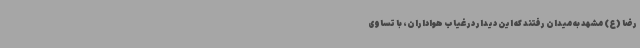
رضا (ع) مشهد به میدان رفتند که این دیدار در غیاب هواداران، با تساوی